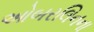
ઓબરલિનના